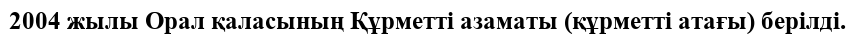
2004 жылы Орал қаласының Құрметті азаматы (құрметті атағы) берілді.